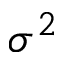
\sigma ^ { 2 }